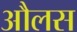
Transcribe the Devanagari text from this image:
औलस